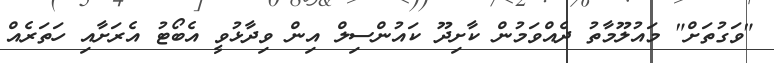
"ވަގުތަށް" މައުލޫމާތު ދެއްވަމުން ކާށިދޫ ކައުންސިލް އިން ވިދާޅުވީ އެބޯޓު އެރަށާއި ހަތަރެއް